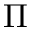
\Pi